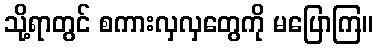
သို့ရာတွင် စကားလှလှတွေကို မပြောကြ။